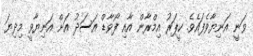
ވަނީ އަނިޔާވެފައެވެ. ކީޕަރު އިމްރާން އާއި ފޯވާޑް އަސަދު އަށް އަނިޔާވީ މިދިޔަ